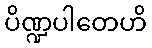
ပိဏ္ဍပါတေဟိ